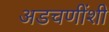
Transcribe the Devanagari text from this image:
अडचणींशी